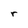
Character: r